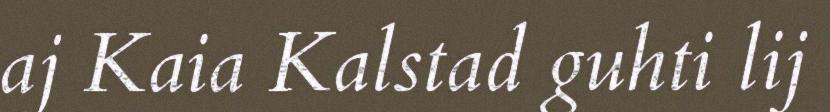
aj Kaia Kalstad guhti lij